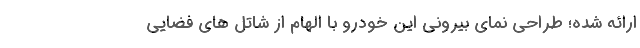
ارائه شده؛ طراحی نمای بیرونی این خودرو با الهام از شاتل های فضایی